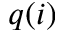
q ( i )